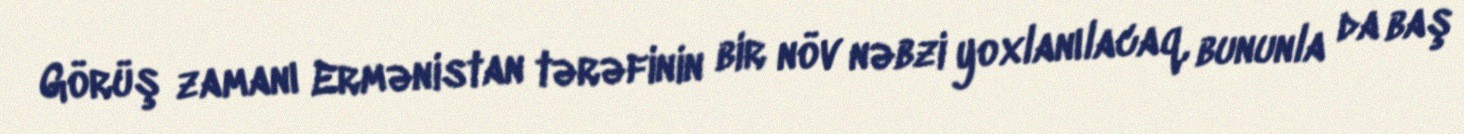
Görüş zamanı Ermənistan tərəfinin bir növ nəbzi yoxlanılacaq, bununla da baş